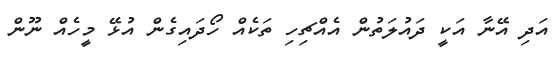
އަދި އޭނާ އަކީ ދައުލަތުން އެއްޗިހި ތަކެއް ހޯދައިގެން އުޅޭ މީހެއް ނޫން